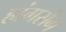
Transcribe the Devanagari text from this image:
हांगसेंग